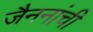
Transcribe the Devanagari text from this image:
जैननांची